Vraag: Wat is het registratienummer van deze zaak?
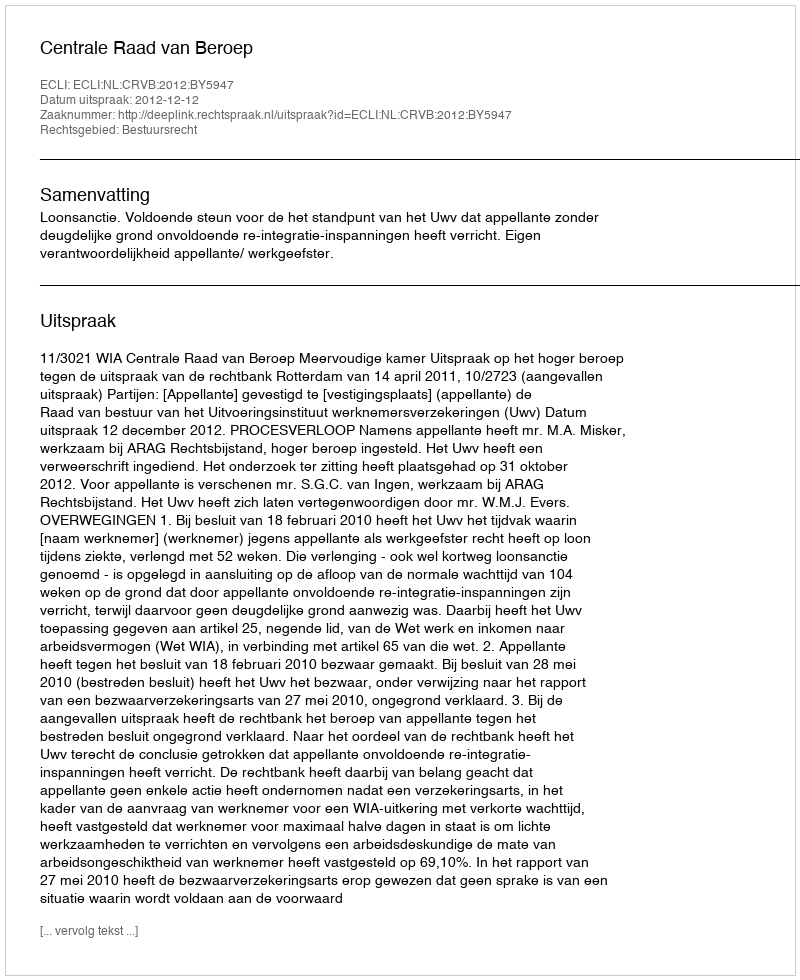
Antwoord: http://deeplink.rechtspraak.nl/uitspraak?id=ECLI:NL:CRVB:2012:BY5947